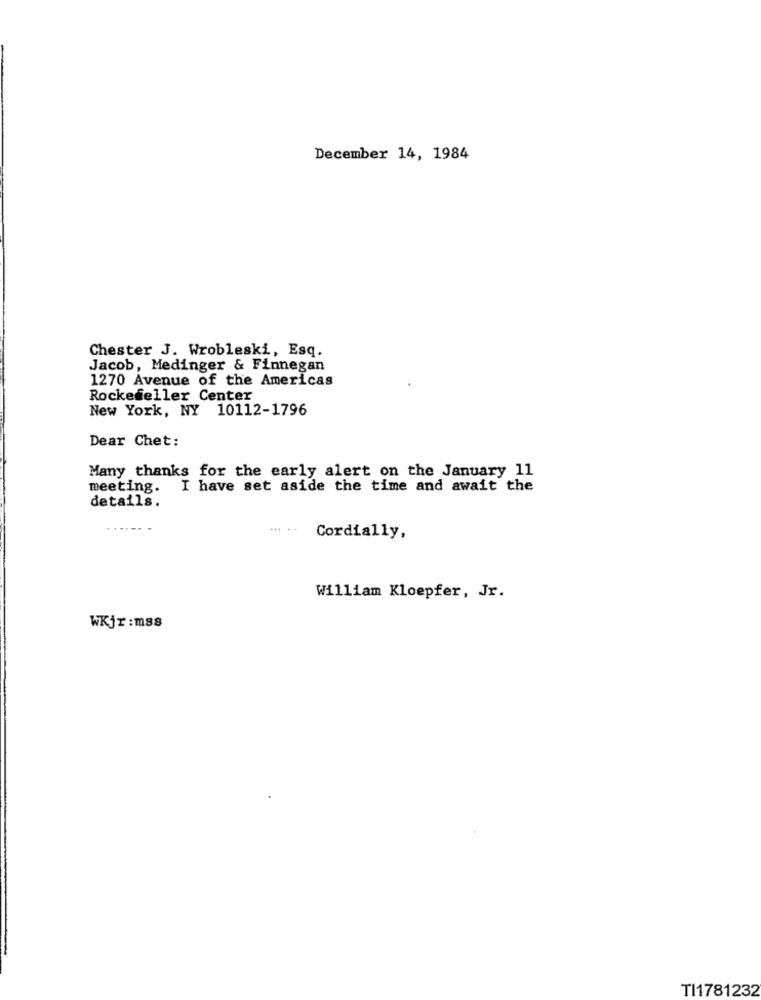
December 14, 1984
Chester J. Wrobleski, Esq.
Jacob, Medinger & Finnegan
1270 Avenue of the Americas
Rockefeller Center
New York, NY 10112-1796
Dear Chet:
Many thanks for the early alert on the January 11
meeting.
I have set aside the time and await the
details.
Cordially,
William Kloepfer, Jr.
WKjr:mss
TI1781232